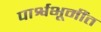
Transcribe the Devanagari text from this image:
पार्श्वभूमींत